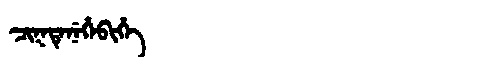
Manchu: ᠴᡳᡴᡨᡝᠨᡝᡥᡝᠪᡳᡥᡝ
Romanization: CIKTENEHEBIHE